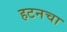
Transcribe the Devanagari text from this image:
हटनचा